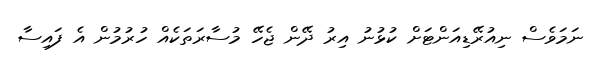
ނަމަވެސް ނިއުރޭޑިއަންޓަށް ކުޅުނު އިރު ދޭން ޖެހޭ މުސާރަތަކެއް ހުރުމުން އެ ފައިސާ